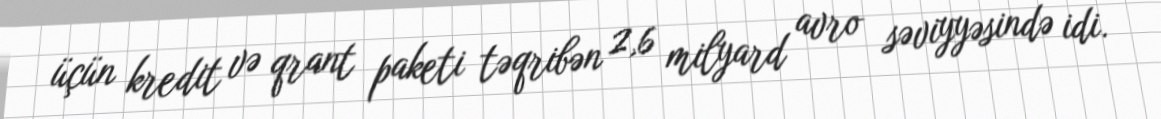
üçün kredit və qrant paketi təqribən 2,6 milyard avro səviyyəsində idi.